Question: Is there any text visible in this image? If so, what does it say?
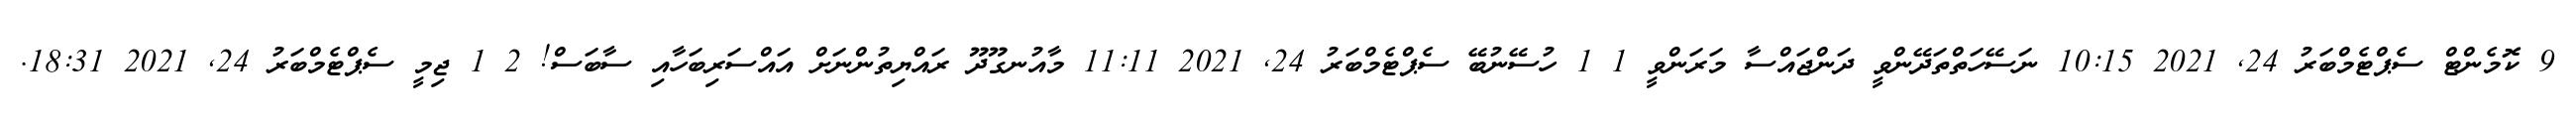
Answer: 9 ކޮމެންޓް ސެޕްޓެމްބަރު 24, 2021 10:15 ނަސޭހަތްތަދޭންވީ ދަންޖައްސާ މަރަންވީ 1 1 ހުސޭނުބޭ ސެޕްޓެމްބަރު 24, 2021 11:11 މާއުނގޫދޫ ރައްޔިތުންނަށް އައްސަރިބަހާއި ސާބަސް! 2 1 ޖިމީ ސެޕްޓެމްބަރު 24, 2021 18:31.